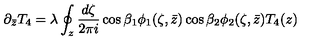
\partial _ { \bar { z } } T _ { 4 } = \lambda \oint _ { z } \frac { d \zeta } { 2 \pi i } \cos { \beta } _ { 1 } \phi _ { 1 } ( \zeta , \bar { z } ) \cos { \beta } _ { 2 } \phi _ { 2 } ( \zeta , \bar { z } ) T _ { 4 } ( z )